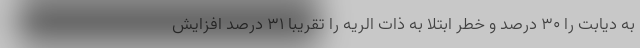
به دیابت را ۳۰ درصد و خطر ابتلا به ذات الریه را تقریبا ۳۱ درصد افزایش